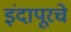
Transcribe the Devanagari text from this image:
इंदापूरचे